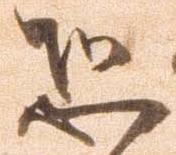
恐